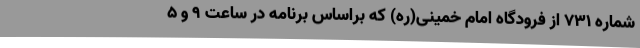
شماره 731 از فرودگاه امام خمینی(ره) که براساس برنامه در ساعت 9 و 5